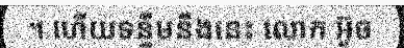
។ ហើយទន្ទឹមនឹងនេះ លោក អ៊ូច